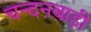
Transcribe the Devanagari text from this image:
चन्दनबाड़ी